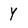
Character: Y